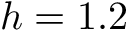
h = 1 . 2